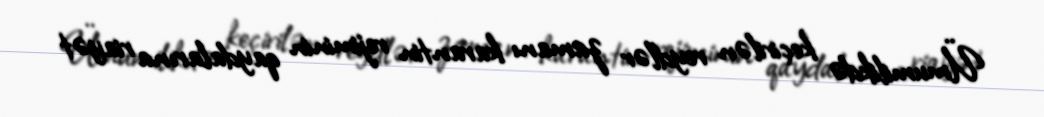
Ümumilikdə keçirilən reydlər zamanı karantin rejiminin qaydalarına riayət